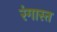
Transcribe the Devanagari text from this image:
रंगास्त